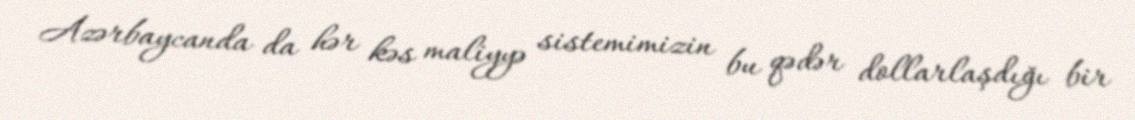
Azərbaycanda da hər kəs maliyyə sistemimizin bu qədər dollarlaşdığı bir